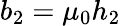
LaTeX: b_{2}=\mu_{0}h_{2}